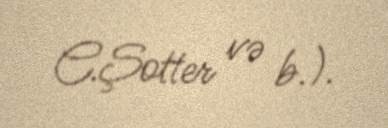
C.Şotter və b.).